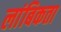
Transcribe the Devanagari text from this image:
लांबिकता